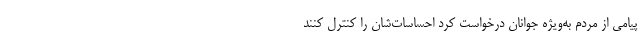
پیامی از مردم به‌ویژه جوانان درخواست کرد احساسات‌شان را کنترل کنند